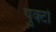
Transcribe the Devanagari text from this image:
पुक्टो